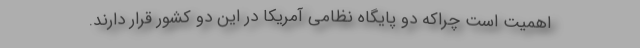
اهمیت است چراکه دو پایگاه نظامی آمریکا در این دو کشور قرار دارند.